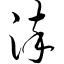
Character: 淬